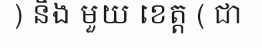
) និង មួយ ខេត្ត ( ជា